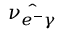
\Hat { \nu _ { e ^ { - } \gamma } }